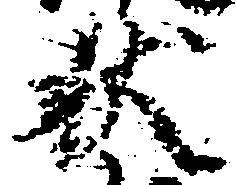
状